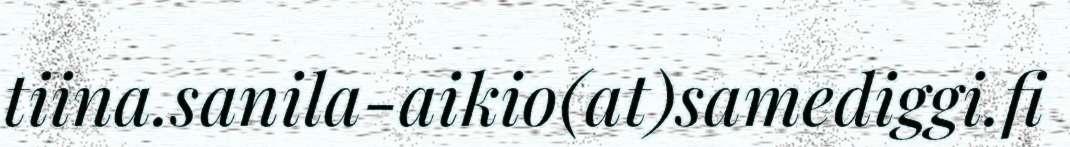
tiina.sanila-aikio(at)samediggi.fi